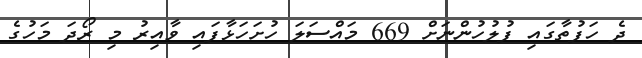
ދެ ހަފުތާގައި ފުލުހުންނަށް 669 މައްސަލަ ހުށަހަޅާފައި ވާއިރު މި ރޯދަ މަހުގެ